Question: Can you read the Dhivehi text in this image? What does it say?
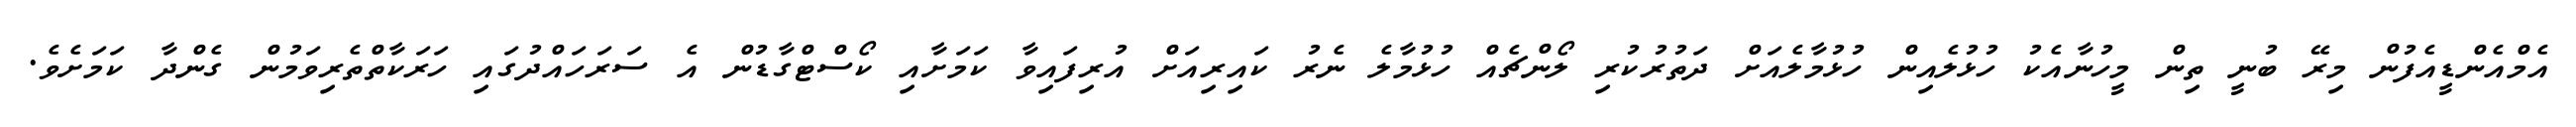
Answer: އެމްއެންޑީއެފުން މިރޭ ބުނީ ތިން މީހުނާއެކު ހުޅުލެއިން ހުޅުމާލެއަށް ދަތުރުކުރި ލޯންޗެއް ހުޅުމާލެ ނެރު ކައިރިއަށް އުރިފައިވާ ކަމަށާއި ކޯސްޓްގާޑުން އެ ސަރަހައްދުގައި ހަރަކާތްތެރިވަމުން ގެންދާ ކަމަށެވެ.